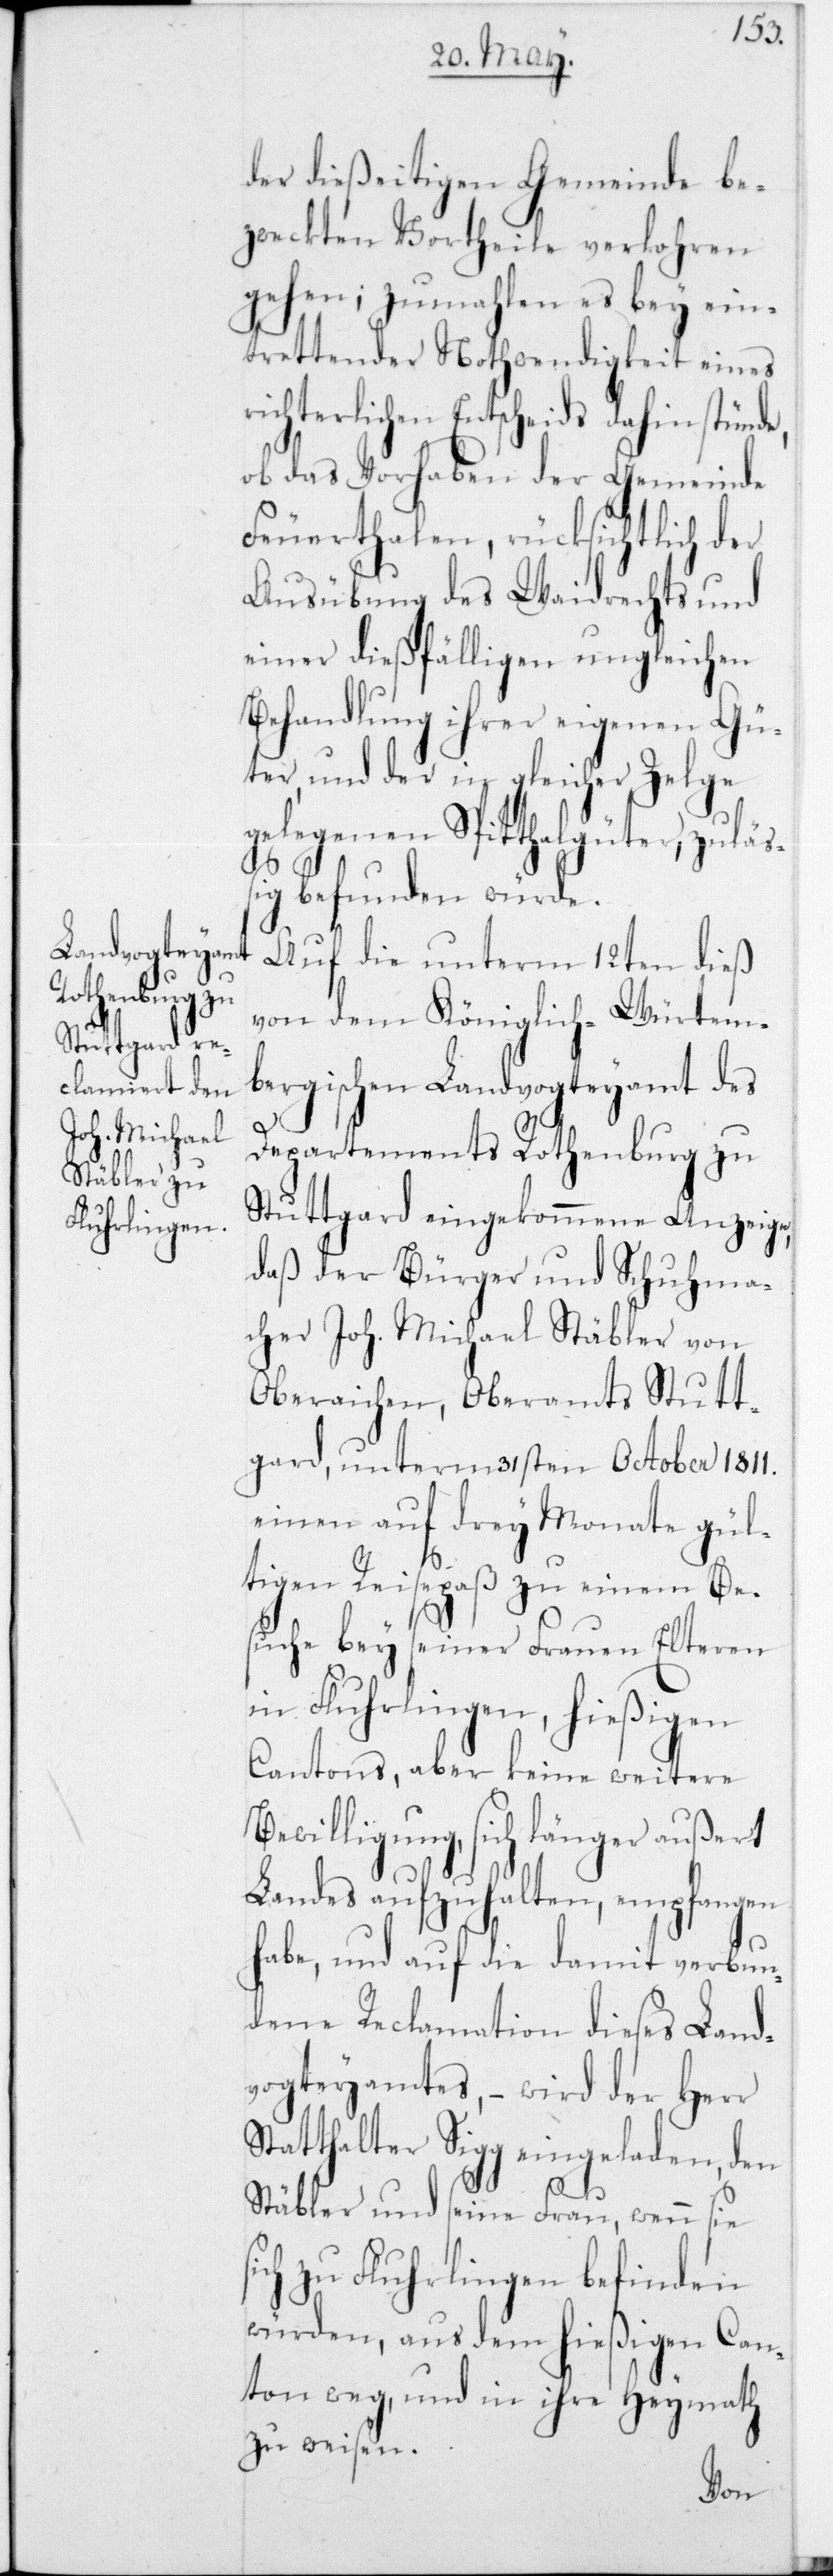
der dießeitigen Gemeinde be¬
zweckten Vortheile verloren
gehen, zumahlen es bey ein¬
trettender Nothwendigkeit eines
richterlichen Entscheids dahin stün¬
ob das Vorhaben der Gemeinde
Feuerthalen, rücksichtlich der
Ausübung des Waidrechts und
einer dießfälligen ungleichen
Behandlung ihrer eigenen Gü¬
ter, und der in gleicher Zelge
gelegenen Spitthalgüter, zulä¬
ßig befunden würde.
Auf die unterm 12ten dieß
von dem Königlich-Würtem¬
bergischen Landvogteyamt des
Departements Rothenburg zu
Stuttgart eingekommene Anzeige,
daß der Bürger und Schuhma¬
cher Joh. Michael Stäbler von
Oberaichen, Oberamts Stutt¬
gart, unterm 31sten October 1811
einen auf drey Monate gül¬
tigen Reisepaß zu einem Be¬
suche bey seiner Frauen Elteren
in Fluhrlingen, hießigen
Cantons, aber keiner weitere
Bewilligung, sich länger außert
Landes aufzuhalten, empfangen
habe, und auf die damit verbun¬
dene Reclamation dieses Land¬
vogteyamtes, – wird der Herr
Statthalter Sigg eingeladen, den
Stäbler und seine Frau, wenn sie
ich zu Fluhrlingen befinden
würden, aus dem hießigen Can¬
ton weg, und in ihre Heymath
zu weisen.
s¬